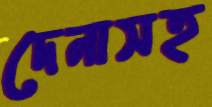
দেনাসহ